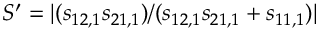
S ^ { \prime } = | ( s _ { 1 2 , 1 } s _ { 2 1 , 1 } ) / ( s _ { 1 2 , 1 } s _ { 2 1 , 1 } + s _ { 1 1 , 1 } ) |